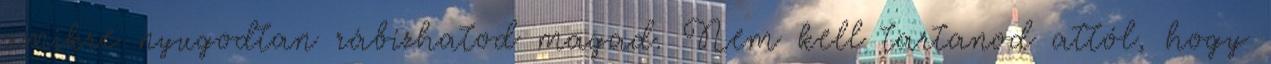
amikre nyugodtan rábízhatod magad. Nem kell tartanod attól, hogy